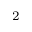
^ 2